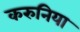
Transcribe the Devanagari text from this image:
करुनिया